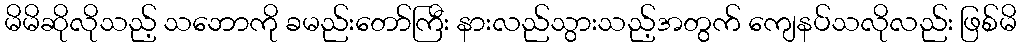
မိမိဆိုလိုသည့် သဘောကို ခမည်းတော်ကြီး နားလည်သွားသည့်အတွက် ကျေနပ်သလိုလည်း ဖြစ်မိ